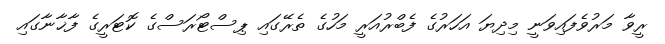
ރީވާ މަރުވެފައިވަނީ މިދިޔަ އަހަރުގެ ފެބްރުއަރީ މަހުގެ ތެރޭގައި ޕިސްޓޯރަސްގެ ކޮޓަރީގެ ފާޚާނާގައި